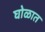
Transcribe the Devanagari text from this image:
घोळात